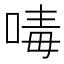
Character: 𠷮